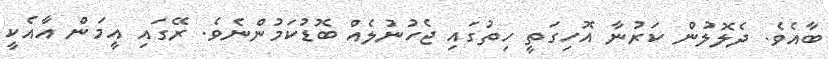
ބާއެވެ. ދެލޮލުން ކަރުނާ އޮހިގަތީ ހިތުގައި ޖެހުނުލެއް ބޮޑުކަމުންނެވެ. ރޭގައި އީމަން އާއެކީ